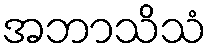
အဘာသိသံ